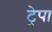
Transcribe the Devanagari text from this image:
ट्रेपा